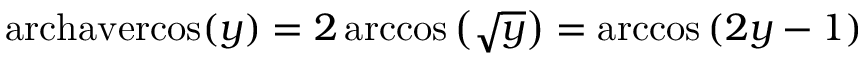
\operatorname { a r c h a v e r c o s } ( y ) = 2 \operatorname { a r c c o s } \left( { \sqrt { y } } \right) = \operatorname { a r c c o s } \left( 2 y - 1 \right)